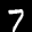
Label: 7